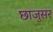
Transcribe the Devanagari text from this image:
छाजुसर